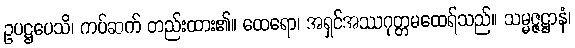
ဥပဋ္ဌပေသိ၊ ကပ်ဆက် တည်းထား၏။ ထေရော၊ အရှင်အဿဂုတ္တမထေရ်သည်။ သမ္မဇ္ဇဋ္ဌာနံ၊